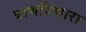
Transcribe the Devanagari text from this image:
बाणविणारा